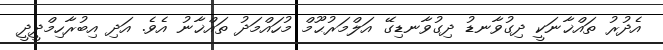
އެދުރު ތައްޚާނަކީ ދިގުވާނޑު ދިގުވާނޑިގޭ އަލްމަރުޙޫމް މުހައްމަދު ތައްޚާނު އެވެ. އަދި އިބުރާހިމްދީދީ